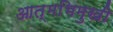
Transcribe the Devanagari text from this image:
आत्मभिमुखी